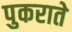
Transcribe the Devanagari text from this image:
पुकराते